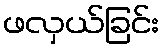
ဖလှယ်ခြင်း